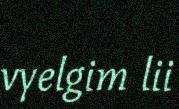
vyelgim lii